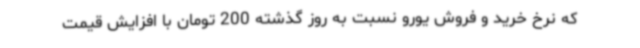
که نرخ خرید و فروش یورو نسبت به روز گذشته 200 تومان با افزایش قیمت